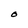
Character: O